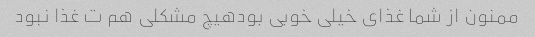
ممنون از شما غذای خیلی خوبی بودهیچ مشکلی هم ت غذا نبود